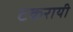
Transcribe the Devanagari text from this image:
टकरायी